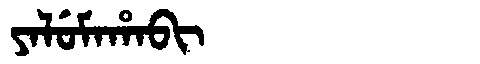
Manchu: ᠶᠠᠯᡠᠮᠠᡥᠠᠪᡳ
Romanization: YALUMAHABI